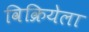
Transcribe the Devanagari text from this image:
विक्रियेला